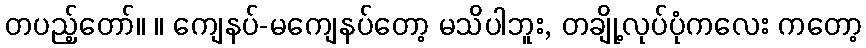
တပည့်တော်။ ။ ကျေနပ်-မကျေနပ်တော့ မသိပါဘူး, တချို့လုပ်ပုံကလေး ကတော့